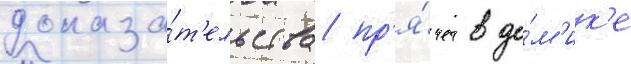
доказа́т'ельства пр'я́чет в до́м'ик'е